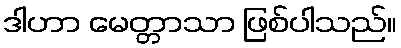
ဒါဟာ မေတ္တာသာ ဖြစ်ပါသည်။